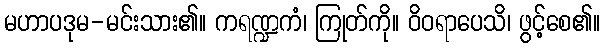
မဟာပဒုမ-မင်းသား၏။ ကရဏ္ဍကံ၊ ကြုတ်ကို။ ဝိဝရာပေသိ၊ ဖွင့်စေ၏။